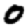
Digit: 0